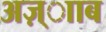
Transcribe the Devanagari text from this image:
अज़्ााब